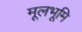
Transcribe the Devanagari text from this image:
मूलभूमि